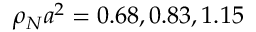
\rho _ { N } a ^ { 2 } = 0 . 6 8 , 0 . 8 3 , 1 . 1 5